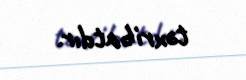
təxribatdır.